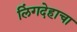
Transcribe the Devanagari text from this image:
लिंगदेहाचा